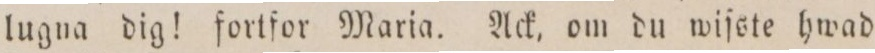
lugna dig! fortfor Maria. Ack, om du wiſste hwad